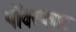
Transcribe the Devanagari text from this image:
पॉवरप्लांट